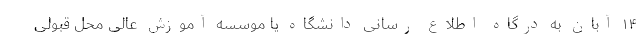
۱۴ آبان به درگاه اطلاع رسانی دانشگاه یا موسسه آموزش عالی محل قبولی